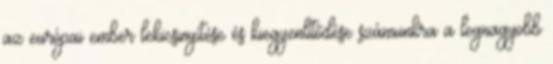
az európai ember lekicsinyítése és kiegyenlítődése számunkra a legnagyobb